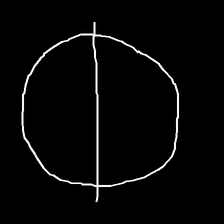
Glyph: orb